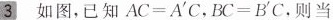
3如图，已知$$A C = A ^ { \ p r i m e } C$$， $$B C = B ^ { \ p r i m e } C$$。则当